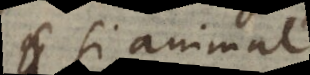
si animal